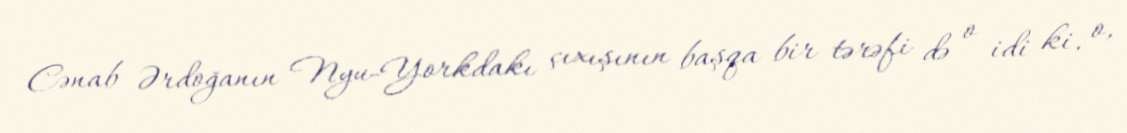
Cənab Ərdoğanın Nyu-Yorkdakı çıxışının başqa bir tərəfi də o idi ki, o,